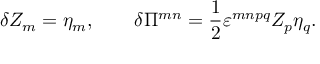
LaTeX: \delta Z _ { m } = \eta _ { m } , \qquad \delta \Pi ^ { m n } = \frac 1 2 \varepsilon ^ { m n p q } Z _ { p } \eta _ { q } .